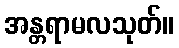
အန္တရာမလသုတ်။